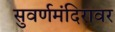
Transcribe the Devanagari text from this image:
सुवर्णमंदिरावर